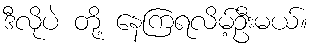
ဒီလိုပဲ တို့ နေကြရလိမ့်ဦးမယ်။